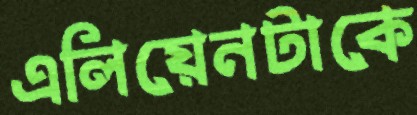
এলিয়েনটাকে